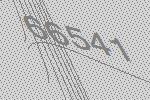
66541